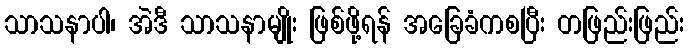
သာသနာပါ၊ အဲဒီ သာသနာမျိုး ဖြစ်ဖို့ရန် အခြေခံကစပြီး တဖြည်းဖြည်း